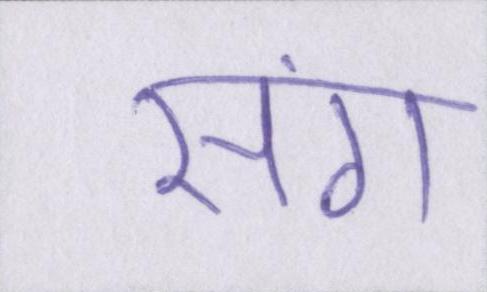
संग